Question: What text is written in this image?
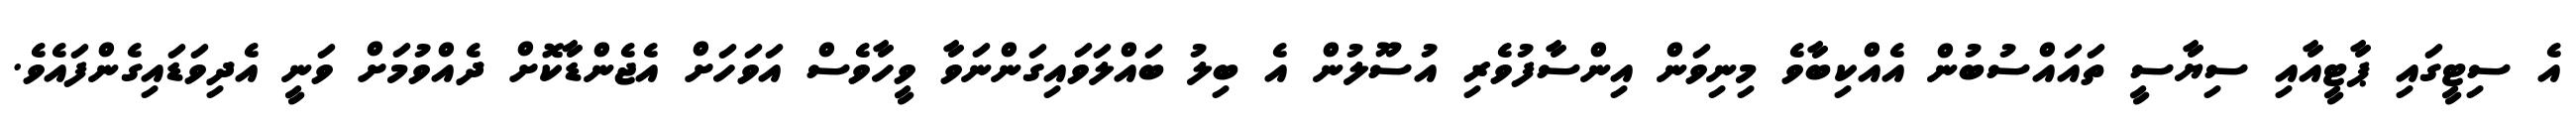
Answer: އެ ސިޓީގައި ޕާޓީއާއި ސިޔާސީ ތައައްސުބުން އެއްކިބާވެ މިނިވަން އިންސާފުވެރި އުސޫލުން އެ ބިލު ބައްލަވައިގަންނަވާ ވީހާވެސް އަވަހަށް އެޖެންޑާކޮށް ދެއްވުމަށް ވަނީ އެދިވަޑައިގެންފައެވެ.